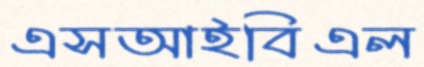
এসআইবিএল